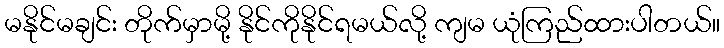
မနိုင်မချင်း တိုက်မှာမို့ နိုင်ကိုနိုင်ရမယ်လို့ ကျမ ယုံကြည်ထားပါတယ်။